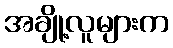
အချို့လူများက